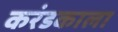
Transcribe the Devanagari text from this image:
करंडकाला